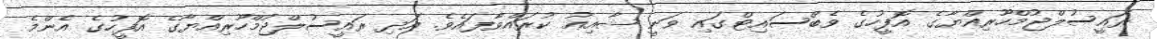
ރައީސުލްޖުމްހޫރިއްޔާގެ އޮފީހުގެ ވެބްސައިޓްގައި ވަނީ ޝާއިޢު ކުރައްވާފައެވެ. އަދި ރައީސުލްޖުމްހޫރިއްޔާގެ އޮފީހުގެ އެންމެ